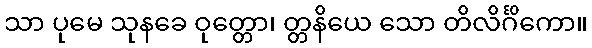
သာ ပုမေ သုနခေ ဝုတ္တော၊ တ္တနိယေ သော တိလိင်္ဂိကော။